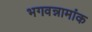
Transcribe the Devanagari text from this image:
भगवन्नामांक